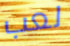
لعب